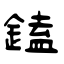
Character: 鎑